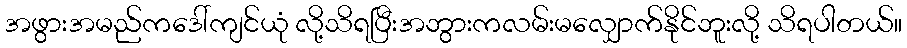
အဖွားအမည်ကဒေါ်ကျင်ယုံ လို့သိရပြီးအဘွားကလမ်းမလျှောက်နိုင်ဘူးလို့ သိရပါတယ်။